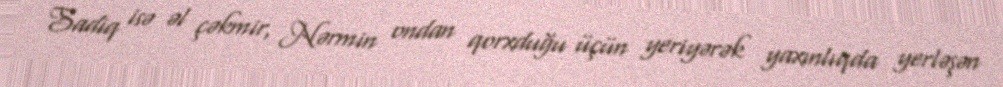
Sadiq isə əl çəkmir, Nərmin ondan qorxduğu üçün yeriyərək yaxınlıqda yerləşən